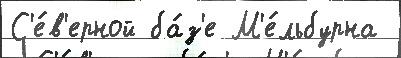
С'е́в'ерной ба́з'е М'е́льбурна